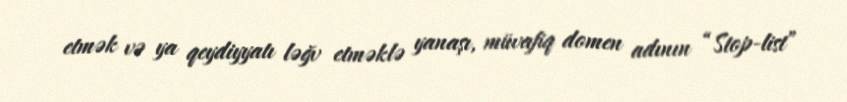
etmək və ya qeydiyyatı ləğv etməklə yanaşı, müvafiq domen adının “Stop-list”